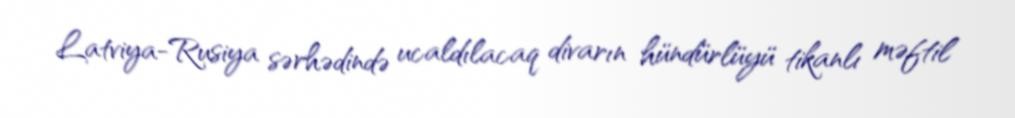
Latviya-Rusiya sərhədində ucaldılacaq divarın hündürlüyü tikanlı məftil